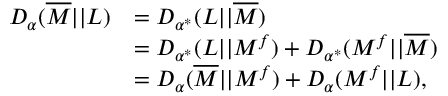
\begin{array} { r l } { D _ { \alpha } ( \overline { { M } } | | L ) } & { = D _ { \alpha ^ { * } } ( L | | \overline { { M } } ) } \\ & { = D _ { \alpha ^ { * } } ( L | | M ^ { f } ) + D _ { \alpha ^ { * } } ( M ^ { f } | | \overline { { M } } ) } \\ & { = D _ { \alpha } ( \overline { { M } } | | M ^ { f } ) + D _ { \alpha } ( M ^ { f } | | L ) , } \end{array}